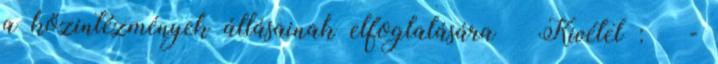
a közintézmények állásainak elfoglalására  Kivétel :  -